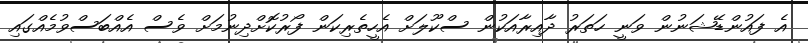
އެ ފައުންޑޭޝަނުން ވަނީ ހަތަރު ދާއިރާއަކުން ސްކޫލަށް އެހީތެރިކަން ފޯރުކޮށްދިނުމަށް ވެސް އެއްބަސްވުމެއްގައި